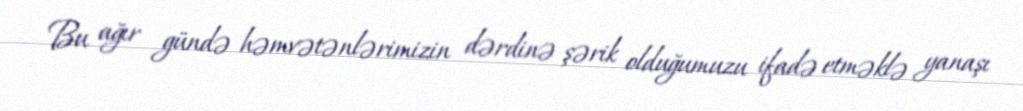
Bu ağır gündə həmvətənlərimizin dərdinə şərik olduğumuzu ifadə etməklə yanaşı